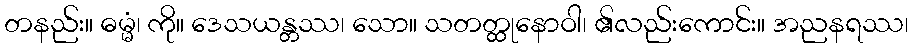
တနည်း။ ဓမ္မံ၊ ကို။ ဒေသယန္တဿ၊ သော။ သတတ္ထုနောဝါ၊ ၏လည်းကောင်း။ အညနရဿ၊